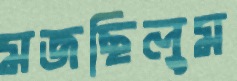
মজছিলুম